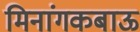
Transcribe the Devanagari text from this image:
मिनांगकबाऊ